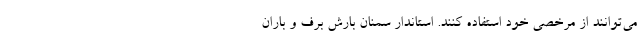
می‌توانند از مرخصی خود استفاده کنند. استاندار سمنان بارش برف و باران